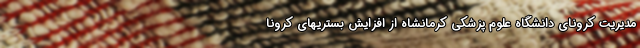
مدیریت کرونای دانشگاه علوم پزشکی کرمانشاه از افزایش بستریهای کرونا